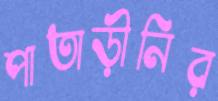
পাতাড়ীনির